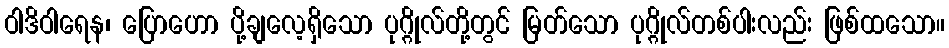
ဝါဒိဝါရေန၊ ပြောဟော ပို့ချလေ့ရှိသော ပုဂ္ဂိုလ်တို့တွင် မြတ်သော ပုဂ္ဂိုလ်တစ်ပါးလည်း ဖြစ်ထသော။